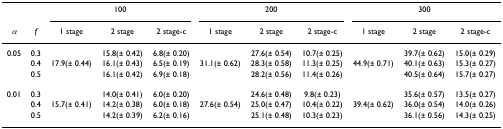
<table><thead><tr><td></td><td></td><td colspan="3"><b>100</b></td><td colspan="3"><b>200</b></td><td colspan="3"><b>300</b></td></tr><tr><td><b><i>α</i></b></td><td><b><i>f</i></b></td><td><b>1 stage</b></td><td><b>2 stage</b></td><td><b>2 stage-c</b></td><td><b>1 stage</b></td><td><b>2 stage</b></td><td><b>2 stage-c</b></td><td><b>1 stage</b></td><td><b>2 stage</b></td><td><b>2 stage-c</b></td></tr></thead><tbody><tr><td>0.05</td><td>0.3</td><td></td><td>15.8(± 0.42)</td><td>6.8(± 0.20)</td><td></td><td>27.6(± 0.54)</td><td>10.7(± 0.25)</td><td></td><td>39.7(± 0.62)</td><td>15.0(± 0.29)</td></tr><tr><td></td><td>0.4</td><td>17.9(± 0.44)</td><td>16.1(± 0.43)</td><td>6.5(± 0.19)</td><td>31.1(± 0.62)</td><td>28.3(± 0.58)</td><td>11.3(± 0.25)</td><td>44.9(± 0.71)</td><td>40.1(± 0.63)</td><td>15.3(± 0.27)</td></tr><tr><td></td><td>0.5</td><td></td><td>16.1(± 0.42)</td><td>6.9(± 0.18)</td><td></td><td>28.2(± 0.56)</td><td>11.4(± 0.26)</td><td></td><td>40.5(± 0.64)</td><td>15.7(± 0.27)</td></tr><tr><td>0.01</td><td>0.3</td><td></td><td>14.0(± 0.41)</td><td>6.0(± 0.20)</td><td></td><td>24.6(± 0.48)</td><td>9.8(± 0.23)</td><td></td><td>35.6(± 0.57)</td><td>13.5(± 0.27)</td></tr><tr><td></td><td>0.4</td><td>15.7(± 0.41)</td><td>14.2(± 0.38)</td><td>6.0(± 0.18)</td><td>27.6(± 0.54)</td><td>25.0(± 0.47)</td><td>10.4(± 0.22)</td><td>39.4(± 0.62)</td><td>36.0(± 0.54)</td><td>14.0(± 0.26)</td></tr><tr><td></td><td>0.5</td><td></td><td>14.2(± 0.39)</td><td>6.2(± 0.16)</td><td></td><td>25.1(± 0.48)</td><td>10.3(± 0.23)</td><td></td><td>36.1(± 0.56)</td><td>14.3(± 0.25)</td></tr></tbody></table>